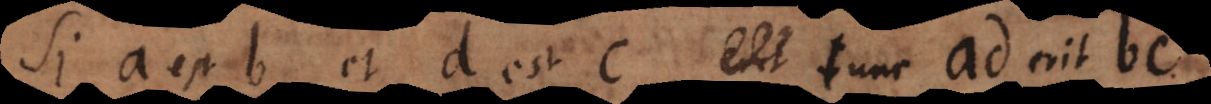
Si a est b et d est c, tunc ad erit bc